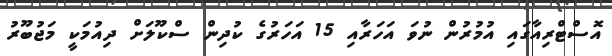
އޮސްޓްރިއާގައި އުމުރުން ނުވަ އަހަރާއި 15 އަހަރުގެ ކުދިން ސްކޫލަށް ދިއުމަކީ މަޖުބޫރު